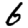
Digit: 6